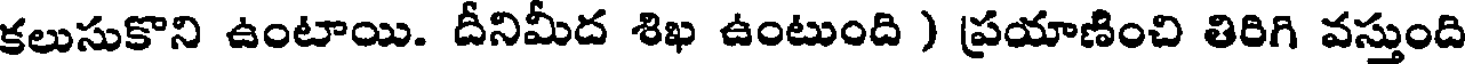
కలుసుకొని ఉంటాయి. దీనిమీద శిఖ ఉంటుంది ) ప్రయాణించి తిరిగి వస్తుంది